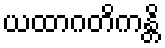
ယထာဂတိကန္တိ